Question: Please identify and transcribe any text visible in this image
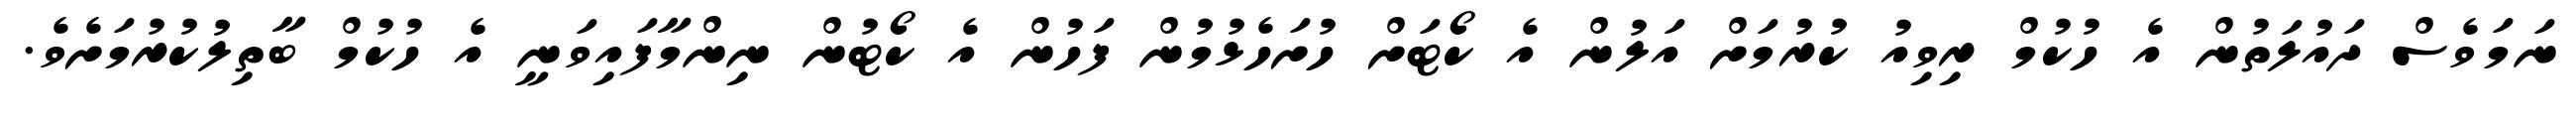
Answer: ނަމަވެސް ދައުލަތުން އެ ހުކުމް ރިވިއު ކުރުމަށް އަލުން އެ ކޯޓަށް ހުށަހެޅުމުން ފަހުން އެ ކޯޓުން ނިންމާފައިވަނީ އެ ހުކުމް ބާތިލުކުރުމަށެވެ.